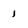
Character: 1